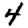
Digit: 4